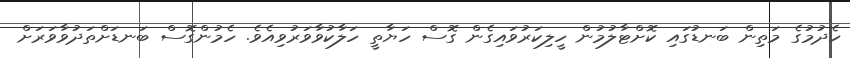
ހެދުމުގެ މަތިން ބަނޑުގައި ކޮށްޓާލުމުން ހީލިކަރުވައިގެން ގޮސް ހަޔާތީ ހަލާކުވާވަރުވިއެވެ. ހެމުންގޮސް ބަނޑަށްތަދުވާވަރަށް